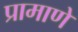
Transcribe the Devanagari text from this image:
प्रामाणे